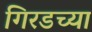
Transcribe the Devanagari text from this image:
गिरडच्या